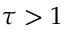
\tau > 1